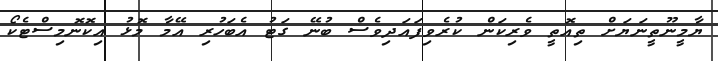
ޔާމީނޫތީނަޔަށް ތިއޮތީ ވެރިކަން ކުރެވިފައަދިވެސް ބުނޭ ގަޓު އެބަހުރި އޭމާ މޮޅު އިކޮނޮމިސްޓެކޯ